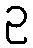
ဥ